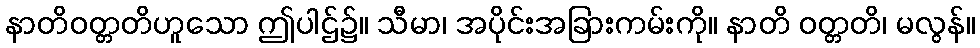
နာတိဝတ္တတိဟူသော ဤပါဌ်၌။ သီမာ၊ အပိုင်းအခြားကမ်းကို။ နာတိ ဝတ္တတိ၊ မလွန်။